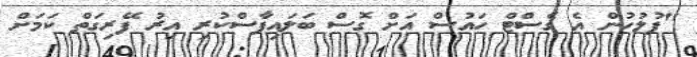
"ފުލުހުން އެ ގެސްޓް ހައުސް އަށް ގޮސް ބަލައިފާސްކުރި އިރު ފޭރިގަތް ކަމަށް